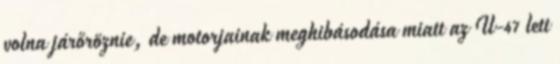
volna járőröznie, de motorjainak meghibásodása miatt az U-47 lett